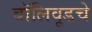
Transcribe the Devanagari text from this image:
बॉलिवूडचे